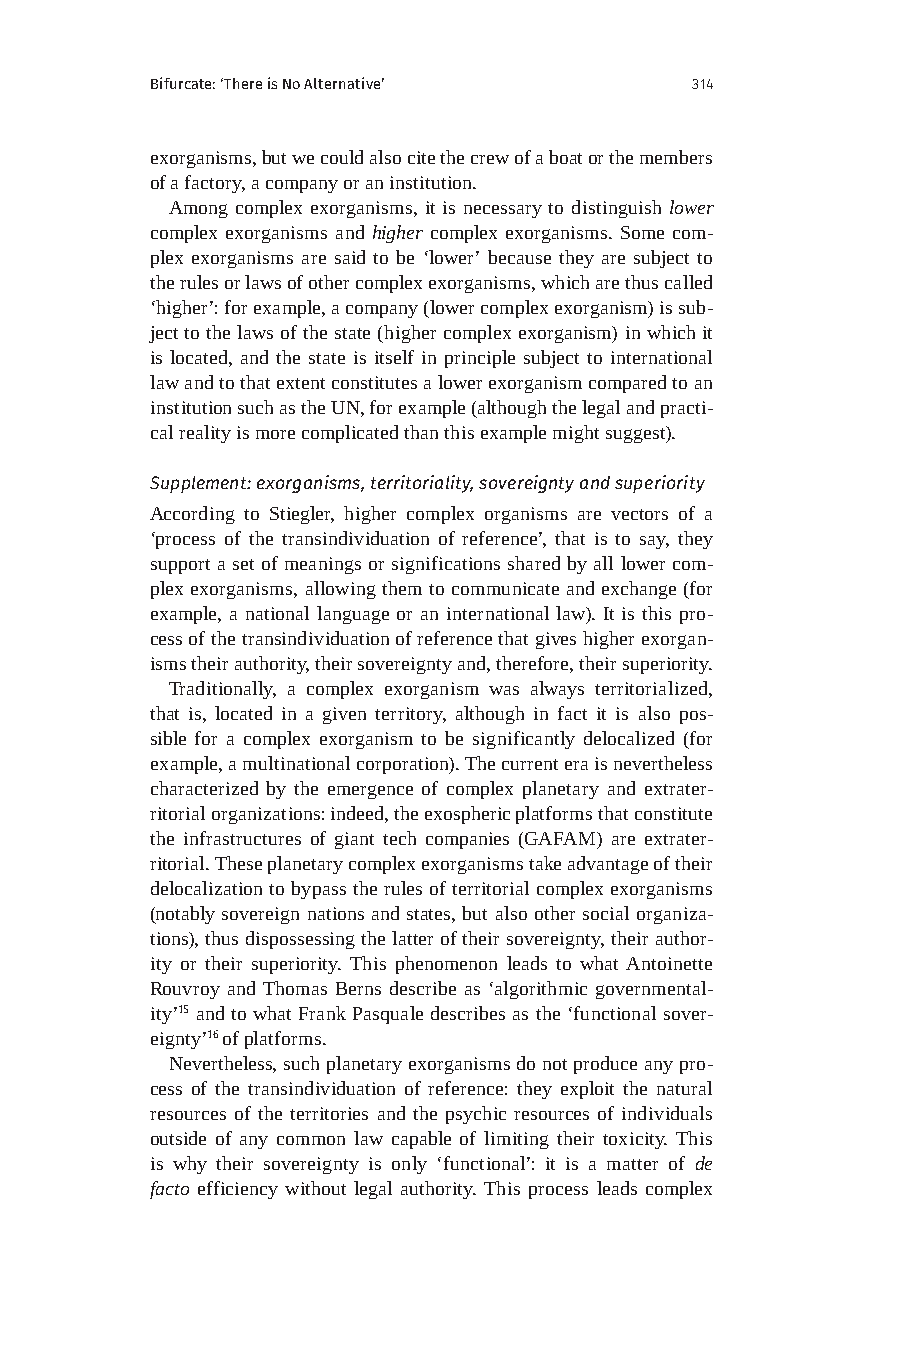
Bifurcate: ‘There is No Alternative’ 314
 exorganisms, but we could also cite the crew of a boat or the members
 of a factory, a company or an institution.
 Among complex exorganisms, it is necessary to distinguish lower
 complex exorganisms and higher complex exorganisms. Some com-
 plex exorganisms are said to be ‘lower’ because they are subject to
 the rules or laws of other complex exorganisms, which are thus called
 ‘higher’: for example, a company (lower complex exorganism) is sub-
 ject to the laws of the state (higher complex exorganism) in which it
 is located, and the state is itself in principle subject to international
 law and to that extent constitutes a lower exorganism compared to an
 institution such as the UN, for example (although the legal and practi-
 cal reality is more complicated than this example might suggest).
 Supplement: exorganisms, territoriality, sovereignty and superiority
 According to Stiegler, higher complex organisms are vectors of a
 ‘process of the transindividuation of reference’, that is to say, they
 support a set of meanings or significations shared by all lower com-
 plex exorganisms, allowing them to communicate and exchange (for
 example, a national language or an international law). It is this pro-
 cess of the transindividuation of reference that gives higher exorgan-
 isms their authority, their sovereignty and, therefore, their superiority.
 Traditionally, a complex exorganism was always territorialized,
 that is, located in a given territory, although in fact it is also pos-
 sible for a complex exorganism to be significantly delocalized (for
 example, a multinational corporation). The current era is nevertheless
 characterized by the emergence of complex planetary and extrater-
 ritorial organizations: indeed, the exospheric platforms that constitute
 the infrastructures of giant tech companies (GAFAM) are extrater-
 ritorial. These planetary complex exorganisms take advantage of their
 delocalization to bypass the rules of territorial complex exorganisms
 (notably sovereign nations and states, but also other social organiza-
 tions), thus dispossessing the latter of their sovereignty, their author-
 ity or their superiority. This phenomenon leads to what Antoinette
 Rouvroy and Thomas Berns describe as ‘algorithmic governmental-
 ity’15 and to what Frank Pasquale describes as the ‘functional sover-
 eignty’16 of platforms.
 Nevertheless, such planetary exorganisms do not produce any pro-
 cess of the transindividuation of reference: they exploit the natural
 resources of the territories and the psychic resources of individuals
 outside of any common law capable of limiting their toxicity. This
 is why their sovereignty is only ‘functional’: it is a matter of de
 facto efficiency without legal authority. This process leads complex